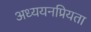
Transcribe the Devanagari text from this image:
अध्ययनप्रियता